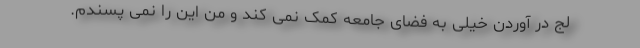
لج در آوردن خیلی به فضای جامعه کمک نمی کند و من این را نمی پسندم.